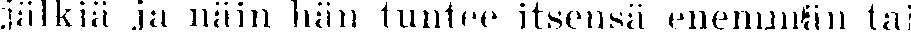
jälkiä ja näin hän tuntee itsensä enemmnän tai